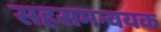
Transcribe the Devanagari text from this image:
सहसमन्वयक